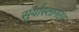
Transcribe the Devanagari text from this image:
सुर्यास्तानंतर